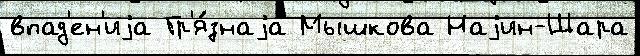
впад'ен'иjа Гр'я́знаjа Мышкова Наjин-Шара